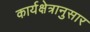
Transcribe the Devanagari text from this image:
कार्यक्षेत्रानुसार